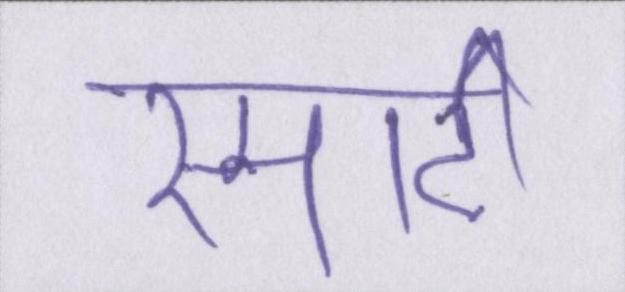
स्मार्ट